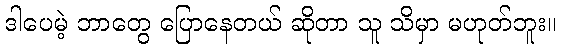
ဒါပေမဲ့ ဘာတွေ ပြောနေတယ် ဆိုတာ သူ သိမှာ မဟုတ်ဘူး။